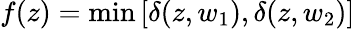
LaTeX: f(z)=\operatorname*{min}\left[\delta(z,w_{1}),\delta(z,w_{2})\right]